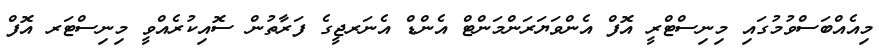
މިއެއްބަސްވުމުގައި މިނިސްޓްރީ އޮފް އެންވަޔަރަންމަންޓް އެންޑް އެނަރޖީގެ ފަރާތުން ސޮއިކުރެއްވީ މިނިސްޓަރ އޮފް